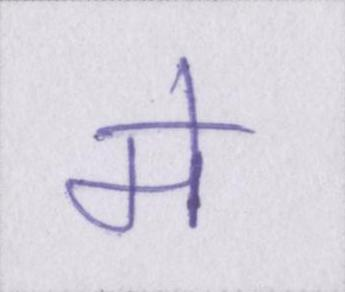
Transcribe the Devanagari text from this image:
मे